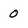
Character: 0